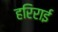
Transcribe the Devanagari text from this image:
हरिराई